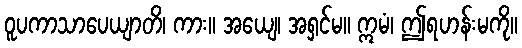
ဝူပကာသာပေယျာတိ၊ ကား။ အယျေ၊ အရှင်မ။ ဣမံ၊ ဤရဟန်းမကို။